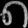
Digit: ၈